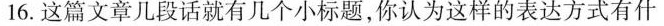
16.这篇文章几段话就有几个小标题,你认为这样的表达方式有什